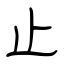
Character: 止